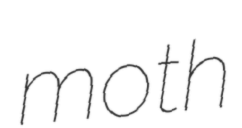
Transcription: moth